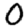
Digit: 0